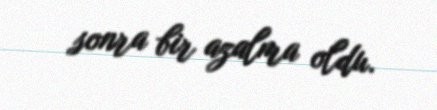
sonra bir azalma oldu.